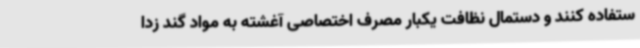
ستفاده کنند و دستمال نظافت یکبار مصرف اختصاصی آغشته به مواد گند زدا